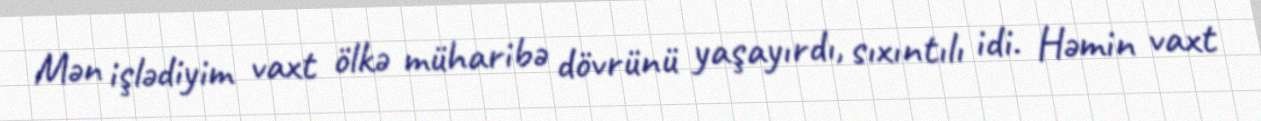
Mən işlədiyim vaxt ölkə müharibə dövrünü yaşayırdı, sıxıntılı idi. Həmin vaxt